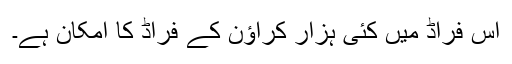
اس فراڈ میں کئی ہزار کراؤن کے فراڈ کا امکان ہے۔